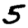
Digit: 5